Calcutta medical institutions reports 1892-1900
Year: 1892
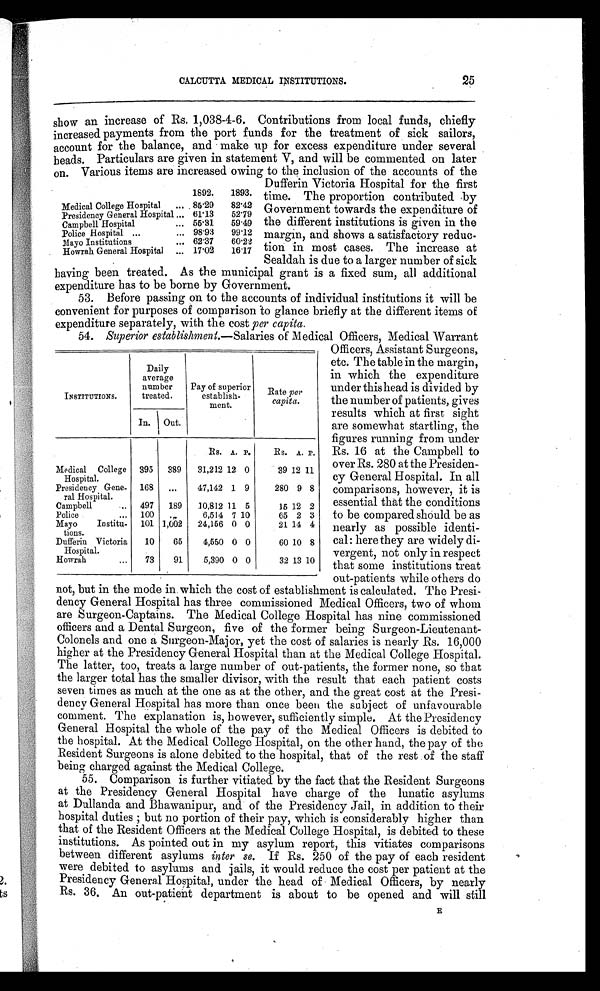
25
CALCUTTA MEDICAL INSTITUTIONS.
show an increase of Rs. 1,038-4-6. Contributions from local funds, chiefly
increased payments from the port funds for the treatment of sick sailors,
account for the balance, and make up for excess expenditure under several
heads. Particulars are given in statement V, and will be commented on later
on . Various items are increased owing to the inclusion of the accounts of the
1892.
1893.
Medical College Hospital
...
8 5 . 2 9
82.42
Presidency General Hospital ... 61.13
52.79
Campbell Hospital
... 55.31
59.49
Police Hospital ...
...
9 8 . 9 3
99.12
Mayo Institutions
... 62.37
60.22
Howrah General Hospital
... 17.02
16.17
Dufferin Victoria Hospital for the first
time. The proportion contributed by
Government towards the expenditure of
the different institutions is given in the
margin, and shows a satisfactory reduc-
tion in most cases. The increase at
Sealdah is due to a larger number of sick
having been treated. As the municipal grant is a fixed sum, all additional
expenditure has to be borne by Government.
53. Before passing on to the accounts of individual institutions it will be
convenient for purposes of comparison to glance briefly at the different items of
expenditure separately, with the cost per capita.
54. Superior establishment.— Salaries of Medical Officers, Medical Warrant
INSTITUTIONS.
Daily
average
number
treated.
Pay of superior
establish-
ment.
Rate per
Capita.
In.
Out.
Rs. A. P.
Rs. A. P.
Medical College
Hospital.
395
389
31,212 12 0
39 12 11
Presidency Gene-
ral Hospital.
168
...
47,142 1 9
280 9 8
Campbell
...
497
189
10,812 11 5
16 12 2
Police
...
100
. . .
6,514 7 10
65 2 3
Mayo Institu-
t i o n s .
101 1,002
24,156 0 0
21 14 4
Dufferin Victoria
Hospital.
10
65
4,550 0 0
60 10 8
Howrah
...
73
91
5,390 0 0
32 13 10
Officers, Assistant Surgeons,
etc. The table in the margin,
in which the expenditure
under this head is divided by
the number of patients, gives
results which at first sight
are somewhat startling, the
figures running from under
Rs. 16 at the Campbell to
over Rs. 280 at the Presiden-
cy General Hospital. In all
comparisons, however, it is
essential that the conditions
to be compared should be as
nearly as possible identi-
cal: here they are widely di-
vergent, not only in respect
that some institutions treat
out-patients while others do
not, but in the mode in which the cost of establishment is calculated. The Presi-
dency General Hospital has three commissioned Medical Officers, two of whom
are Surgeon-Captains. The Medical College Hospital has nine commissioned
officers and a Dental Surgeon, five of the former being Surgeon-Lieutenant-
Colonels and one a Surgeon-Major, yet the cost of salaries is nearly Rs. 16,000
higher at the Presidency General Hospital than at the Medical College Hospital.
The latter, too, treats a large number of out-patients, the former none, so that
the larger total has the smaller divisor, with the result that each patient costs
seven times as much at the one as at the other, and the great cost at the Presi-
dency General Hospital has more than once been the subject of unfavourable
comment. The explanation is, however, sufficiently simple. At the Presidency
General Hospital the whole of the pay of the Medical Officers is debited to
the hospital. At the Medical College Hospital, on the other hand, the pay of the
Resident Surgeons is alone debited to the hospital, that of the rest of the staff
being charged against the Medical College.
55. Comparison is further vitiated by the fact that the Resident Surgeons
at the Presidency General Hospital have charge of the lunatic asylums
at Dullanda and Bhawanipur, and of the Presidency Jail, in addition to their
hospital duties; but no portion of their pay, which is considerably higher than
that of the Resident Officers at the Medical College Hospital, is debited to these
institutions. As pointed out in my asylum report, this vitiates comparisons
between different asylums inter se. If Rs. 250 of the pay of each resident
were debited to asylums and jails, it would reduce the cost per patient at the
Presidency General Hospital, under the head of Medical Officers, by nearly
Rs. 36. An out-patient department is about to be opened and will still
E